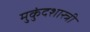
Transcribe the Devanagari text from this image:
मुुकुंदशास्त्री